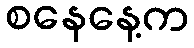
စနေနေ့က